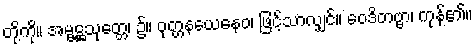
တို့ကို။ အမ္ဗဋ္ဌသုတ္တေ၊ ၌။ ဝုတ္တနယေနေဝ၊ ဖြင့်သာလျှင်။ ဝေဒိတဗ္ဗာ၊ ကုန်၏။